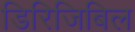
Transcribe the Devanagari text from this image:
डिरिजिबिल